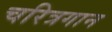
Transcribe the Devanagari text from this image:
चरित्रगान